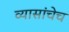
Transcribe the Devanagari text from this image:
व्यासांचेच